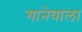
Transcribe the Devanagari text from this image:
गानेवाला